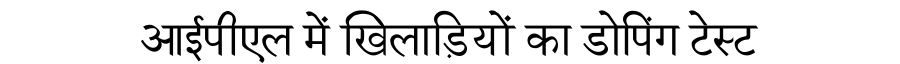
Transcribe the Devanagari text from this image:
आईपीएल में खिलाड़ियों का डोपिंग टेस्ट